Annual report of the Punjab Veterinary College and of the Civil Veterinary Department, Punjab - 1894-1908
Year: 1894
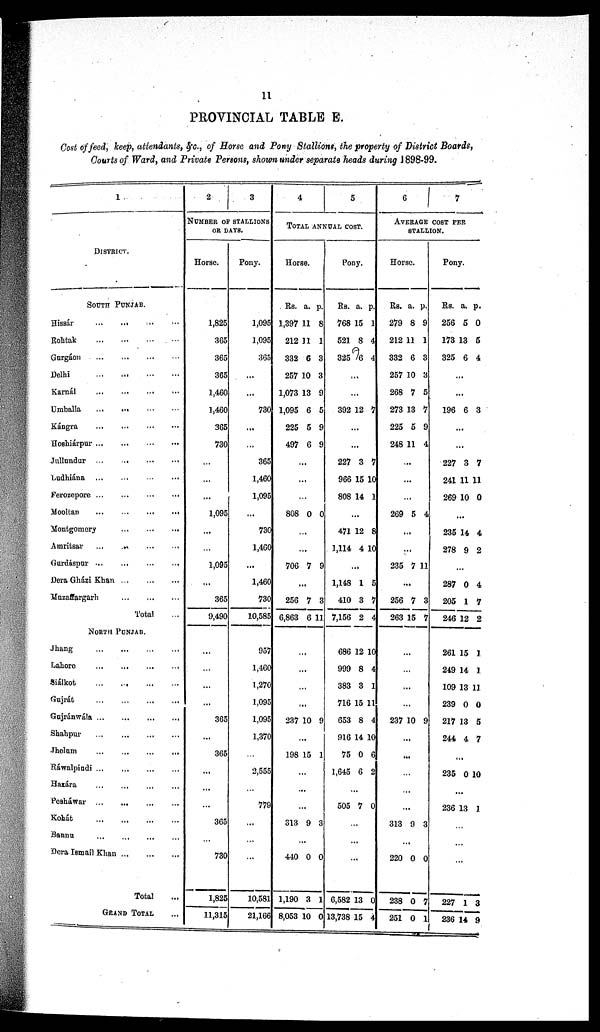
11
PROVINCIAL TABLE E.
Cost of feed, keep, attendants, &c., of Horse and Pony Stallions, the property of District Boards,
Courts of Ward, and Private Persons, shown under separate heads during 1898-99.
1.
DISTRICT.
SOUTH PUNJAB.
Hissár ... ... ... ...
Rohtak
...
...
...
...
Gurgáon
...
...
...
...
Delhi
...
...
...
...
Karnál
...
...
...
...
Umballa
...
...
...
...
Kángra
...
...
...
...
Hoshiárpur
...
...
...
...
Jullundur
...
...
...
...
Ludhiána ... ... ... ...
Ferozepore ... ... ... ...
Mooltan
...
...
...
...
Montgomery
...
...
...
Amritsar
...
....
Gurdáspar ... ... ... ...
Dera Gházi Khan ... ... ...
Muzaffargarh
...
...
...
Total ...
NORTH PUNJAB.
Jhang
...
...
...
...
Lahore ... ... ... ...
Siálkot
...
...
...
...
Gujrát ... ... ... ...
Gujránwála
...
...
...
...
Shahpur
...
...
...
...
Jhelum
... ... ... ...
Ráwalpindi
...
...
...
...
Hazára ... ... ... ...
Pesháwar ...
...
Kohát
...
...
...
...
Bannu ... ... ... ...
Dera Ismail Khan
...
...
...
Total ...
GRAND TOTAL ...
2
3
NUMBER OF STALLIONS
OR DAYS.
Horse.
1,825
365
365
365
1,460
1,460
365
730
...
...
...
1,095
...
...
1,095
...
365
9,490
...
...
...
...
365
...
365
...
...
...
365
...
730
1,825
11,315
Pony.
1,095
1,095
365
...
...
730
...
...
365
1,460
1,095
...
730
1,460
...
1,460
730
10,585
957
1,460
1,270
1,095
1,095
1,370
...
2,555
...
779
...
...
...
10,581
21,166
4
5
TOTAL ANNUAL COST.
Horse.
Rs.
1,397
212
332
257
1,073
1,095
225
497
a.
11
11
6
10
13
6
5
6
p.
8
1
3
3
9
5
9
9
...
...
...
808 0 0
...
...
706 7 9
...
256
6,863
7
6
3
11
...
...
...
...
237 10 9
...
198 15 1
...
...
...
313 9 3
...
440
1,190
8,053
0
3
10
0
1
0
Pony.
Rs.
768
521
325
a.
15
8
6
p.
1
4
4
...
...
392 12 7
...
...
227
966
808
3
15
14
7
10
1
...
471
1,114
12
4
8
10
...
1,148
410
7,156
1
3
2
5
7
4
686
999
383
716
653
916
75
1,645
12
8
3
15
8
14
0
6
10
4
1
11
4
10
6
2
...
505 7 0
...
...
...
6,582
13,738
13
15
0
4
6 7
AVERAGE COST PER
STALLION.
Horse.
Rs.
279
212
332
257
268
273
225
248
a.
8
11
6
10
7
13
5
11
p.
9
1
3
3
5
7
9
4
...
...
...
269 5 4
...
...
235 7 11
...
256
263
7
15
3
7
...
...
...
...
237 10 9
...
...
...
...
...
313 9 3
...
220
238
251
0
0
0
0
7
1
Pony.
Rs.
256
173
325
a.
5
13
6
p.
0
5
4
...
...
196 6 3
...
...
227
241
269
3
11
10
1
11
0
...
235
278
14
9
4
2
...
287
205
246
0
1
12
4
7
2
261
249
109
239
217
244
15
14
13
0
13
4
1
1
11
0
5
7
...
235 0 10
...
236 13 1
...
...
...
227
236
1
14
3
9